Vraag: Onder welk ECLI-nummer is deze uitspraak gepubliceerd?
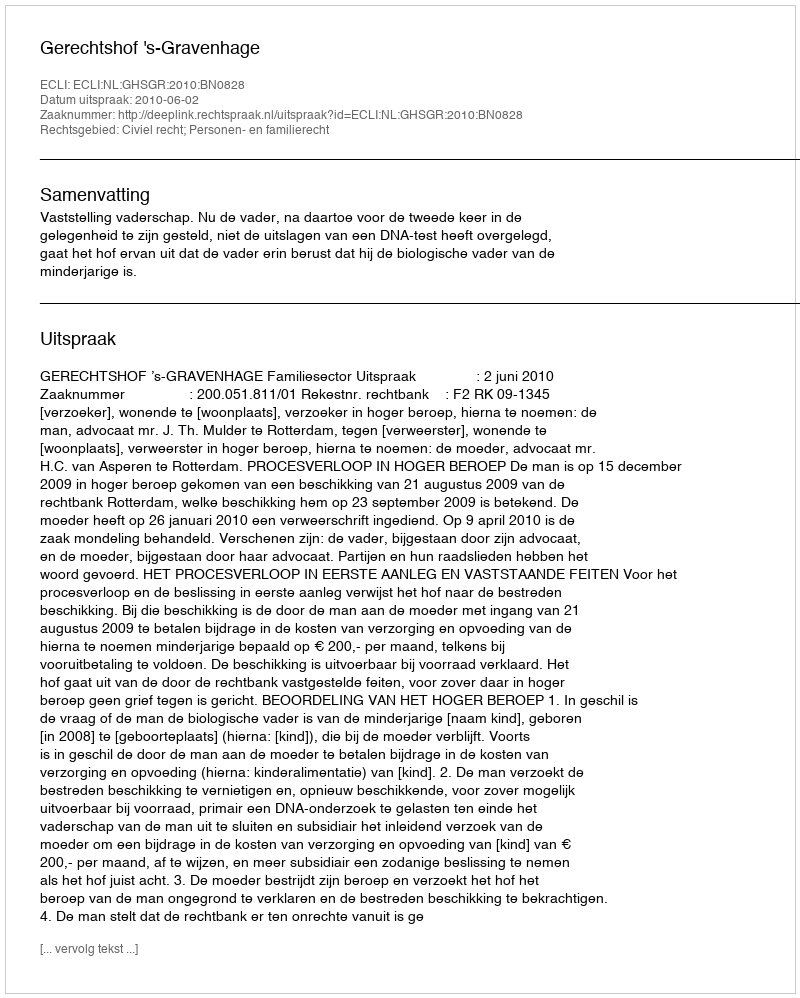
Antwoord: ECLI:NL:GHSGR:2010:BN0828